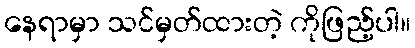
နေရာမှာ သင်မှတ်ထားတဲ့ ကိုဖြည့်ပါ။